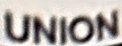
UNION